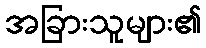
အခြားသူများ၏